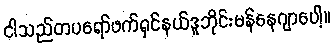
ငါသည်တပရော်ဖက်ရှင်နယ်ဒူဘိုင်းမန်နေဂျာပေါ့။